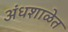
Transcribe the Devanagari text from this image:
अंधशाळेत